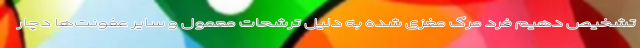
تشخیص دهیم فرد مرگ مغزی شده به دلیل ترشحات معمول و سایر عفونت‌ها دچار